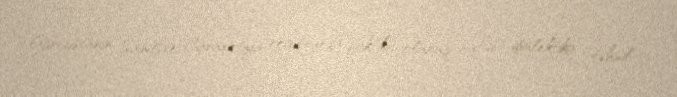
Gürcüstanın Samtsxe-Cavaxetiya regionunda faktiki olaraq bütün dialektika təhsil